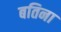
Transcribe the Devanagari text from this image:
बतिना